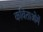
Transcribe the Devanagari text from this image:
कविताओमें